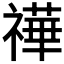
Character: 𥛵